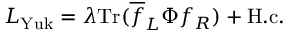
{ \cal L } _ { \mathrm { Y u k } } = \lambda \mathrm { T r } ( \overline { { { f } } } _ { L } \Phi f _ { R } ) + \mathrm { H . c . }